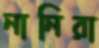
নানিরা